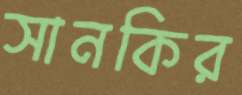
সানকির